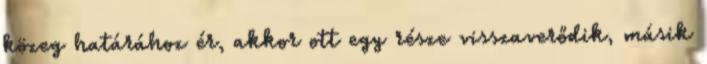
közeg határához ér, akkor ott egy része visszaverődik, másik